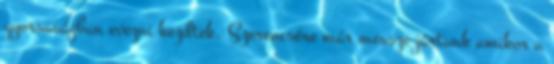
gyorsaságban evezni kezdtek. Szerencsére már messze jártunk amikor a